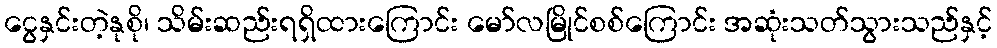
ငွေနှင်းတဲ့နုစို၊ သိမ်းဆည်းရရှိထားကြောင်း မော်လမြိုင်စစ်ကြောင်း အဆုံးသတ်သွားသည်နှင့်